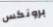
برونكس